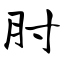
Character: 肘